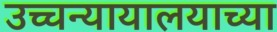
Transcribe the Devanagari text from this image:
उच्चन्यायालयाच्या